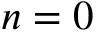
n = 0